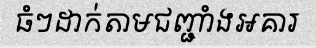
ធំៗដាក់តាមជញ្ជាំងអគារ